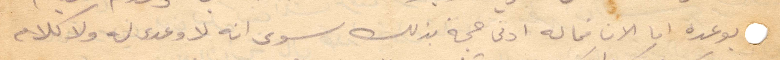
بوعده ما الآن فماله ادنى حجة بذلك سوى انه لا وعد له ولا كلام